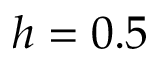
h = 0 . 5